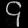
Digit: ၄